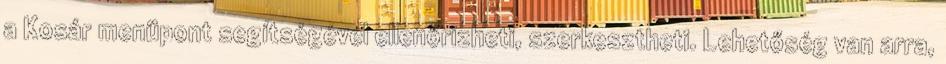
a Kosár menüpont segítségével ellenőrizheti, szerkesztheti. Lehetőség van arra,